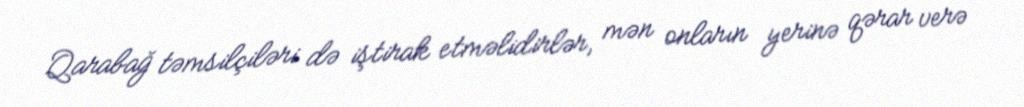
Qarabağ təmsilçiləri də iştirak etməlidirlər, mən onların yerinə qərar verə